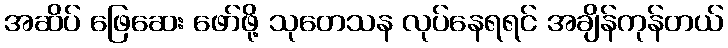
အဆိပ် ဖြေဆေး ဖော်ဖို့ သုတေသန လုပ်နေရရင် အချိန်ကုန်တယ်